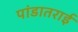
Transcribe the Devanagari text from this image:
पांडातराई